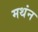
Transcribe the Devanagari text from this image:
मथंन